Report on vaccination in Madras 1922-1929 - 1922-1929
Year: 1922
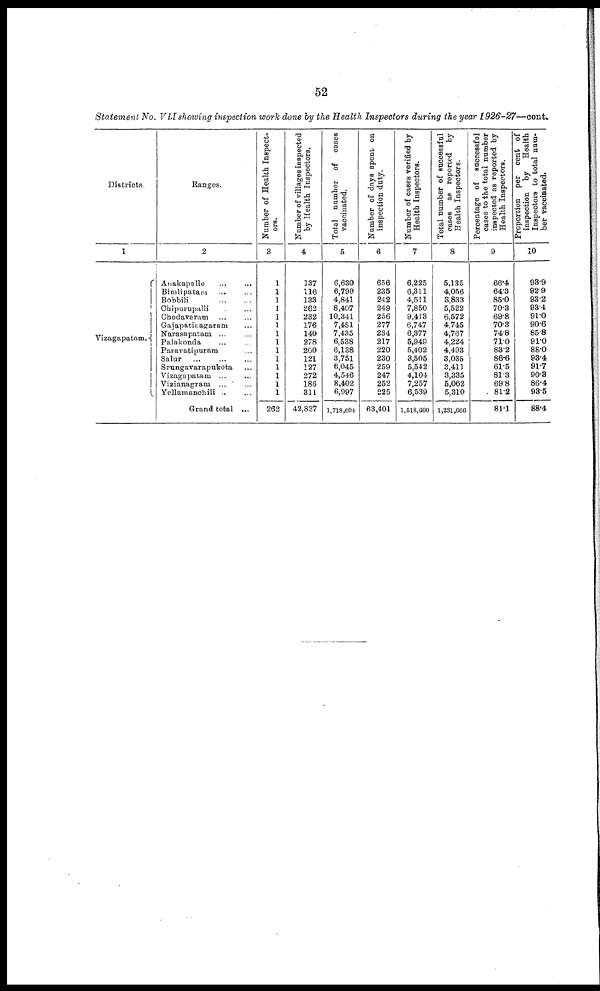
52
Statement No. VII showing inspection work done by the Health Inspectors during the year 1926-27—cont.
Districts.
1
Vizagapatam.
Ranges.
2
Anakapalle ... ...
Bimlipatam ... ...
Bobbili
...
...
Chipurupalli ... ...
Chodavaram ... ...
Gajapatinagarom ...
Narasapatam ...
Palakonda ...
Paravatipuram ...
Salur
...
...
...
Srungavarapukota ...
Vizagapatam ...
Vizianagram ... ...
Yellamanchili ... ...
Grand total ...
Number of Health Inspect-
ors.
3
1
1
1
1
1
1
1
1
1
1
1
1
1
1
262
Number of villages inspected
by Health Inspectors.
4
137
116
133
262
232
176
140
278
260
121
127
272
186
311
42,837
Total number of cases
vaccinated.
5
6,630
6,790
4,841
8,407
10,341
7,451
7,435
6,538
6,138
3,751
6,045
4,546
8,402
6,997
1,718,604
Number of days spent on
inspection duty.
6
656
235
242
249
256
277
234
217
220
230
259
247
252
225
63,401
Number of cases verified by
Health Inspectors.
7
6,225
6,311
4,511
7,850
9,413
6,747
6,377
5,949
5,402
3,505
5,542
4,104
7,257
6,539
1,518,600
Total number of successful
cases as reported by
Health Inspectors.
8
5,135
4,056
3,833
5,522
6,572
4,745
4,767
4,224
4,493
3,035
3,411
3,335
5,062
5,310
1,231,666
Percentage of successful
cases to the total number
inspected as reported by
Health Inspectors.
9
66.4
64.3
85.0
70.3
69.8
70.3
74.8
71.0
83.2
86.6
61.5
81.3
69.8
81.2
81.1
Proportion per cent of
inspection by Health
Inspectors to total num-
ber vaccinated.
10
93.9
92.9
93.2
93.4
91.0
90.6
85.8
91.0
88.0
93.4
91.7
90.8
86.4
98.5
88.4